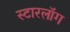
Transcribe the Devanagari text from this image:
स्टारलॉग